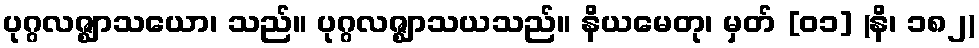
ပုဂ္ဂလဇ္ဈာသယော၊ သည်။ ပုဂ္ဂလဇ္ဈာသယသည်။ နိယမေတု၊ မှတ် [၀၁] (နိ၊ ၁၈၂)